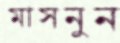
মাসনুন